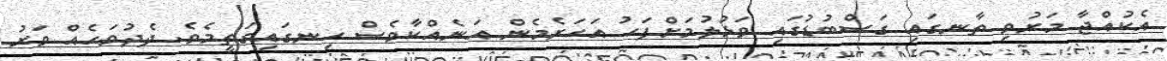
އެކުއްޖާ މަރުވި ތާނގައި ގަސްބުޑުގައި ވަޅުލުމަށްފަހު އަހަރެމެން އަނެއްކާވެސް ހިނގައިގަތީމެވެ. ދެދުވަހެއް ވަރު